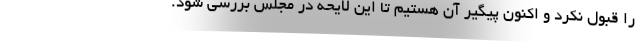
را قبول نکرد و اکنون پیگیر آن هستیم تا این لایحه در مجلس بررسی شود.